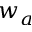
w _ { a }